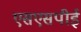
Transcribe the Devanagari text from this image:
एसएसपीई